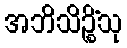
အဘိသိဉ္စိံသု